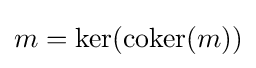
m=\ker(\operatorname {coker} (m))